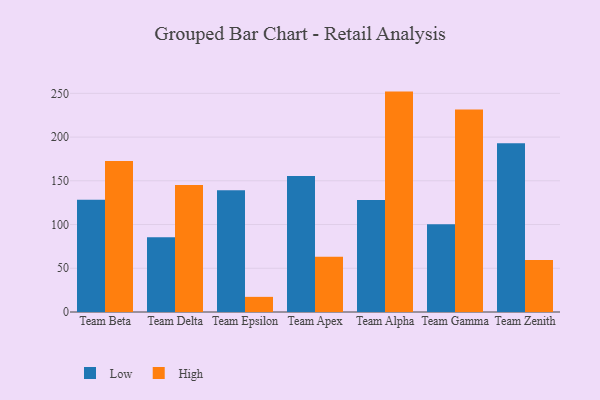
{"axis": {"x": "Team", "y": "Shipments"}, "legend": ["High", "Low"], "data": [{"x": "Team Beta", "y": 128.3, "type": "Low"}, {"x": "Team Beta", "y": 172.7, "type": "High"}, {"x": "Team Delta", "y": 85.4, "type": "Low"}, {"x": "Team Delta", "y": 145.1, "type": "High"}, {"x": "Team Epsilon", "y": 139.3, "type": "Low"}, {"x": "Team Epsilon", "y": 17.3, "type": "High"}, {"x": "Team Apex", "y": 155.6, "type": "Low"}, {"x": "Team Apex", "y": 63.2, "type": "High"}, {"x": "Team Alpha", "y": 128.1, "type": "Low"}, {"x": "Team Alpha", "y": 252.0, "type": "High"}, {"x": "Team Gamma", "y": 100.2, "type": "Low"}, {"x": "Team Gamma", "y": 231.5, "type": "High"}, {"x": "Team Zenith", "y": 193.0, "type": "Low"}, {"x": "Team Zenith", "y": 59.5, "type": "High"}]}